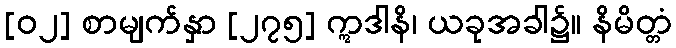
[၀၂] စာမျက်နှာ [၂၇၅] ဣဒါနိ၊ ယခုအခါ၌။ နိမိတ္တံ